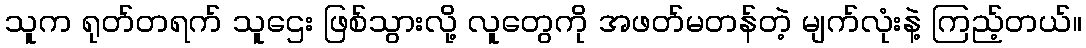
သူက ရုတ်တရက် သူဌေး ဖြစ်သွားလို့ လူတွေကို အဖတ်မတန်တဲ့ မျက်လုံးနဲ့ ကြည့်တယ်။